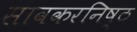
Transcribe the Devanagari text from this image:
सावकरनिष्ठ